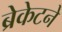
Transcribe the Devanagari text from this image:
ब्रेकेटने